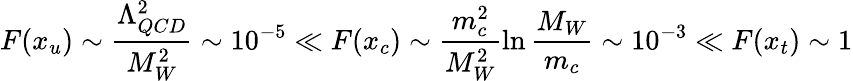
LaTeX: F(x_{u})\sim\frac{\Lambda_{QCD}^{2}}{M_{W}^{2}}\sim 10^{-5}\ll F(x_{c})\sim\frac{m_{c}^{2}}{M_{W}^{2}}\ln\frac{M_{W}}{m_{c}}\sim 10^{-3}\ll F(x_{t})\sim 1